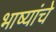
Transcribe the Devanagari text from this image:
भाष्यांचे